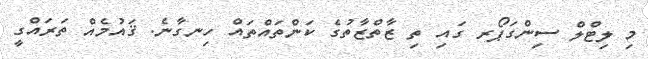
މި ލިޓްލް ސިންގަޕޯރ ގައި ތި ޒާތްޒާތުގެ ކަންތައްތައް ހިނގާނެ. ޤައުމެއް ތަރައްގީ